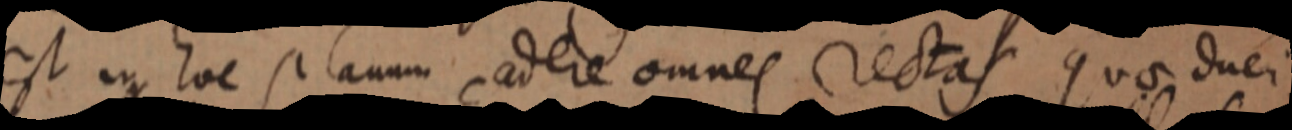
est in hoc planum cadere omnes rectas quo duei